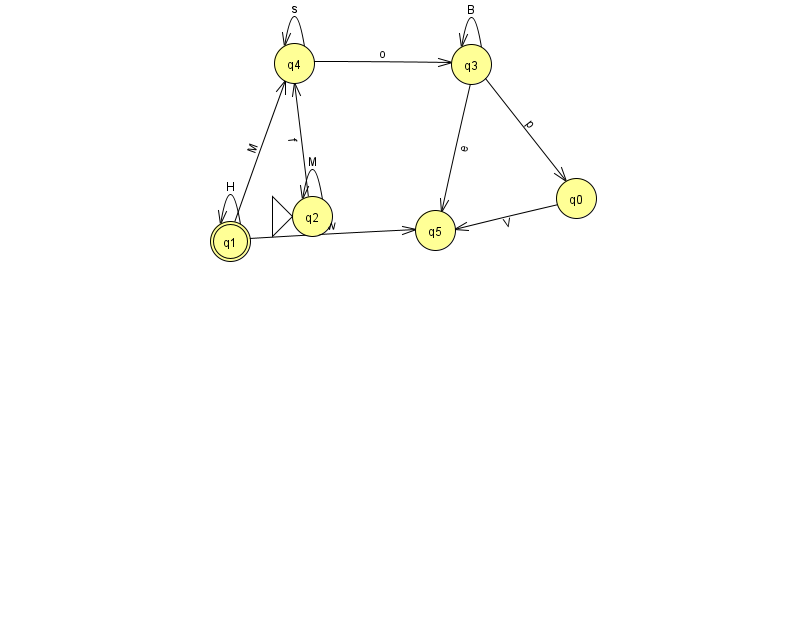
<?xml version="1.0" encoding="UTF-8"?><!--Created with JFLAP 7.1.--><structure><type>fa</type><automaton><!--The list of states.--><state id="0" name="q0"><x>576.0</x><y>185.0</y></state><state id="1" name="q1"><x>230.0</x><y>228.0</y><final/></state><state id="2" name="q2"><x>312.0</x><y>203.0</y><initial/></state><state id="3" name="q3"><x>471.0</x><y>51.0</y></state><state id="4" name="q4"><x>294.0</x><y>50.0</y></state><state id="5" name="q5"><x>435.0</x><y>217.0</y></state><!--The list of transitions.--><transition><from>2</from><to>4</to><read>f</read></transition><transition><from>1</from><to>4</to><read>M</read></transition><transition><from>3</from><to>3</to><read>B</read></transition><transition><from>4</from><to>3</to><read>o</read></transition><transition><from>4</from><to>4</to><read>s</read></transition><transition><from>3</from><to>0</to><read>p</read></transition><transition><from>1</from><to>1</to><read>H</read></transition><transition><from>0</from><to>5</to><read>V</read></transition><transition><from>1</from><to>5</to><read>w</read></transition><transition><from>2</from><to>2</to><read>M</read></transition><transition><from>3</from><to>5</to><read>e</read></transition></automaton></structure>